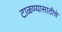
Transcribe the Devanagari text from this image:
टाळण्यासाठीचे